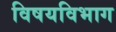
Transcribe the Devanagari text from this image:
विषयविभाग